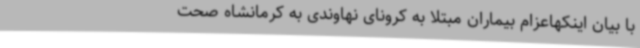
با بیان اینکهاعزام بیماران مبتلا به کرونای نهاوندی به کرمانشاه صحت